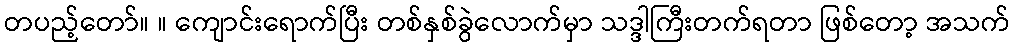
တပည့်တော်။ ။ ကျောင်းရောက်ပြီး တစ်နှစ်ခွဲလောက်မှာ သဒ္ဒါကြီးတက်ရတာ ဖြစ်တော့ အသက်